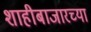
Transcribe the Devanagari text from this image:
शाहीबाजारच्या